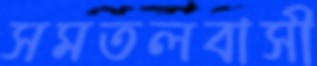
সমতলবাসী